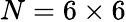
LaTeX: N=6\times 6